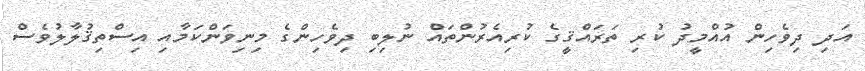
އަދި ދިވެހިން އުއްމީދު ކުރި ތަރައްޤީގެ ކުރިއެރުންތައް ނުލިބި ދިވެހިންގެ މިނިވަންކަމާއި އިސްތިޤުލާލުވެސް